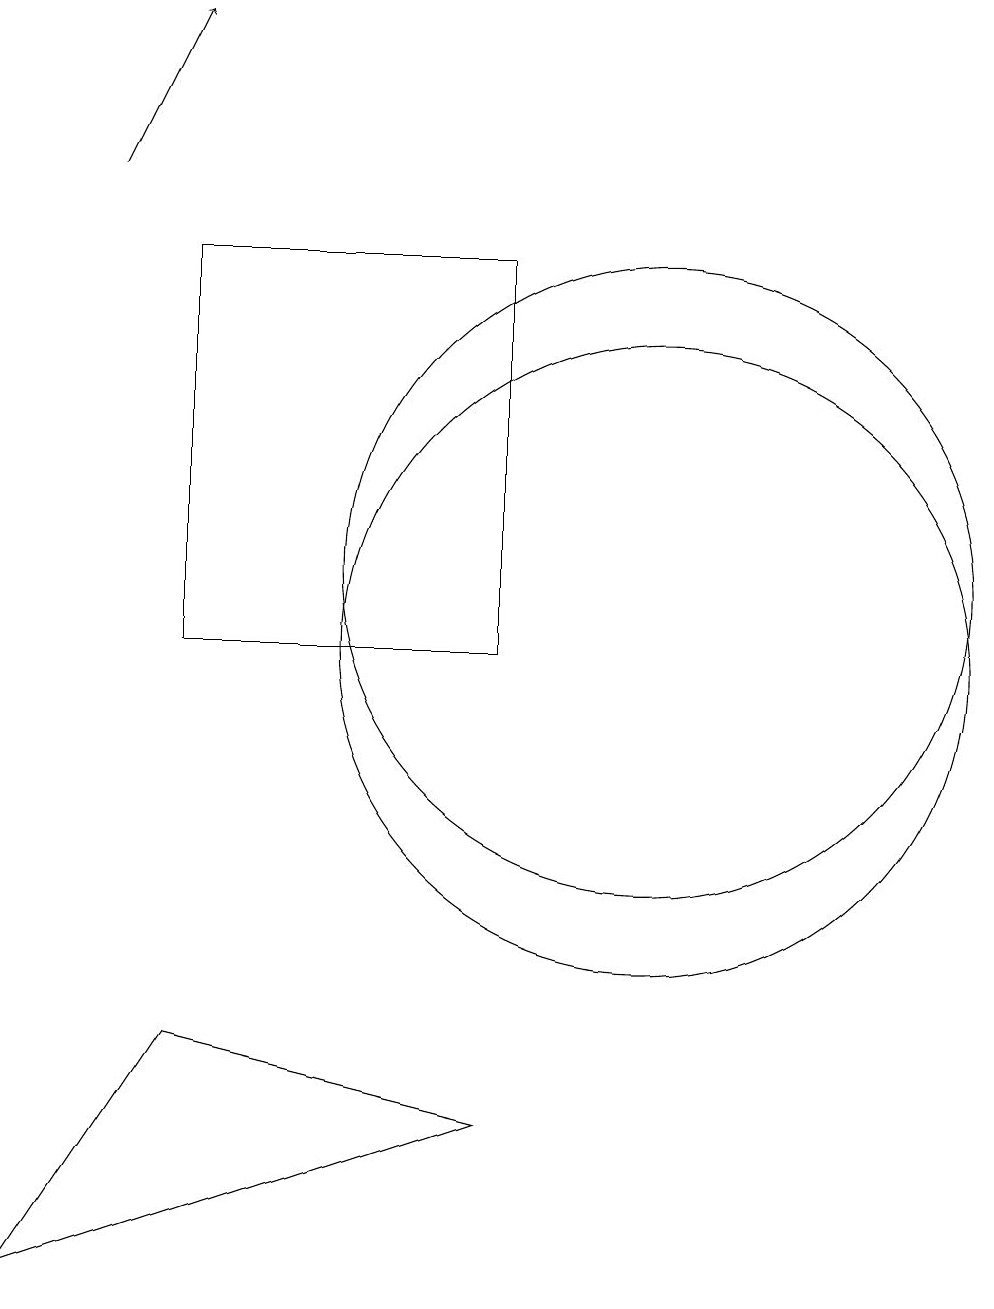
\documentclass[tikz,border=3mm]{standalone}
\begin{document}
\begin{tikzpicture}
\draw (10,12) circle (4);
\draw (8,5) -- (4,6) -- (2,3) -- cycle;
\draw (10,11) circle (4);
\draw (8,11) rectangle (4,16);
\draw[->] (3,17) -- (4,19);
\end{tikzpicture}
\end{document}